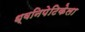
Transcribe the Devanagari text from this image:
ध्वनिपेटिकेला